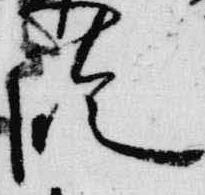
臨